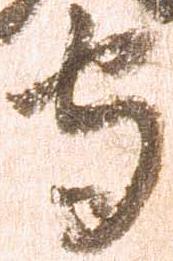
守